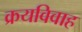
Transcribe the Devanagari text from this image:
क्रयविवाह